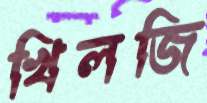
খিলজি